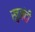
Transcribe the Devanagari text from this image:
खुजंदी